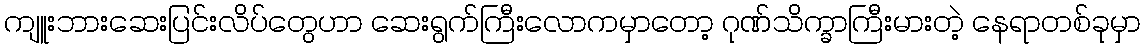
ကျူးဘားဆေးပြင်းလိပ်တွေဟာ ဆေးရွက်ကြီးလောကမှာတော့ ဂုဏ်သိက္ခာကြီးမားတဲ့ နေရာတစ်ခုမှာ